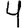
Digit: 4